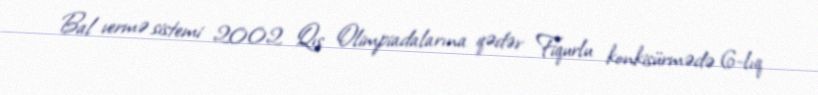
Bal vermə sistemi 2002 Qış Olimpiadalarına qədər Fiqurlu konkisürmədə 6-lıq